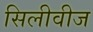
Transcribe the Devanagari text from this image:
सिलीवीज